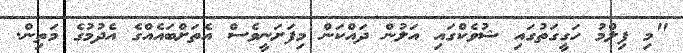
"މި ފިލްމު ހަގީގަތުގައި ޝުވެކްގައި އަލުން ދައްކަން މިފަށަނީވެސް އެތަށްބައެއްގެ އެދުމުގެ މަތިން.